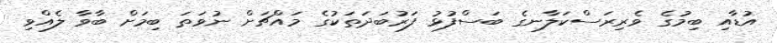
އުޑާއި ބިމުގެ ވެރިރަސްކަލާނގެ ބަސްފުޅު ފަރުބަދަތަކުގެ މައްޗަށް ނުވަތަ ބިމަށް ބާވާ ލެއްވި